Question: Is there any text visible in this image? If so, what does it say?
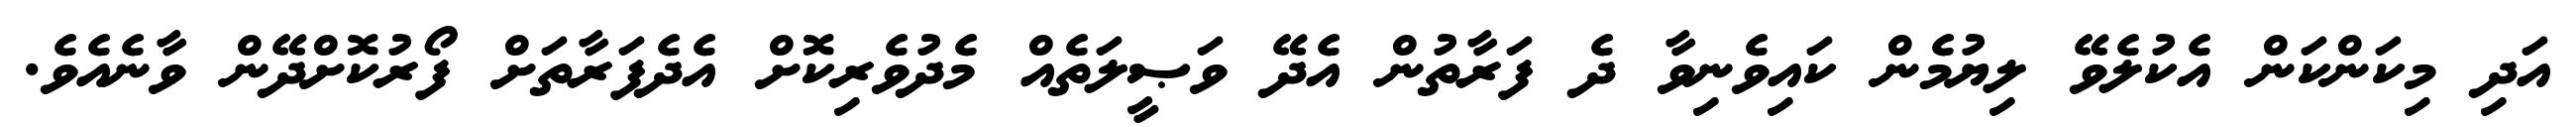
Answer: އަދި މިކަންކަން އެކުލެވޭ ލިޔުމެން ކައިވެނިވާ ދެ ފަރާތުން އެދޭ ވަޞީލަތެއް މެދުވެރިކޮށް އެދެފަރާތަށް ފޯރުކޮށްދޭން ވާނެއެވެ.